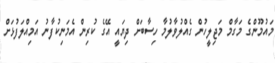
މައުމޫންގެ މަގާމް މަޖިލީހުން ގެއްލުވާލުމާ ހިސާބަށް ދިޔައީ އޭގެ ކުރިން އެމަނިކުފާނު އަމިއްލަފުޅަށް